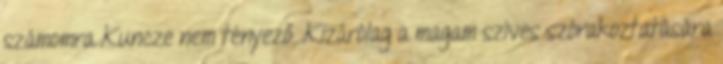
számomra Kuncze nem tényező. Kizárólag a magam szíves szórakoztatására